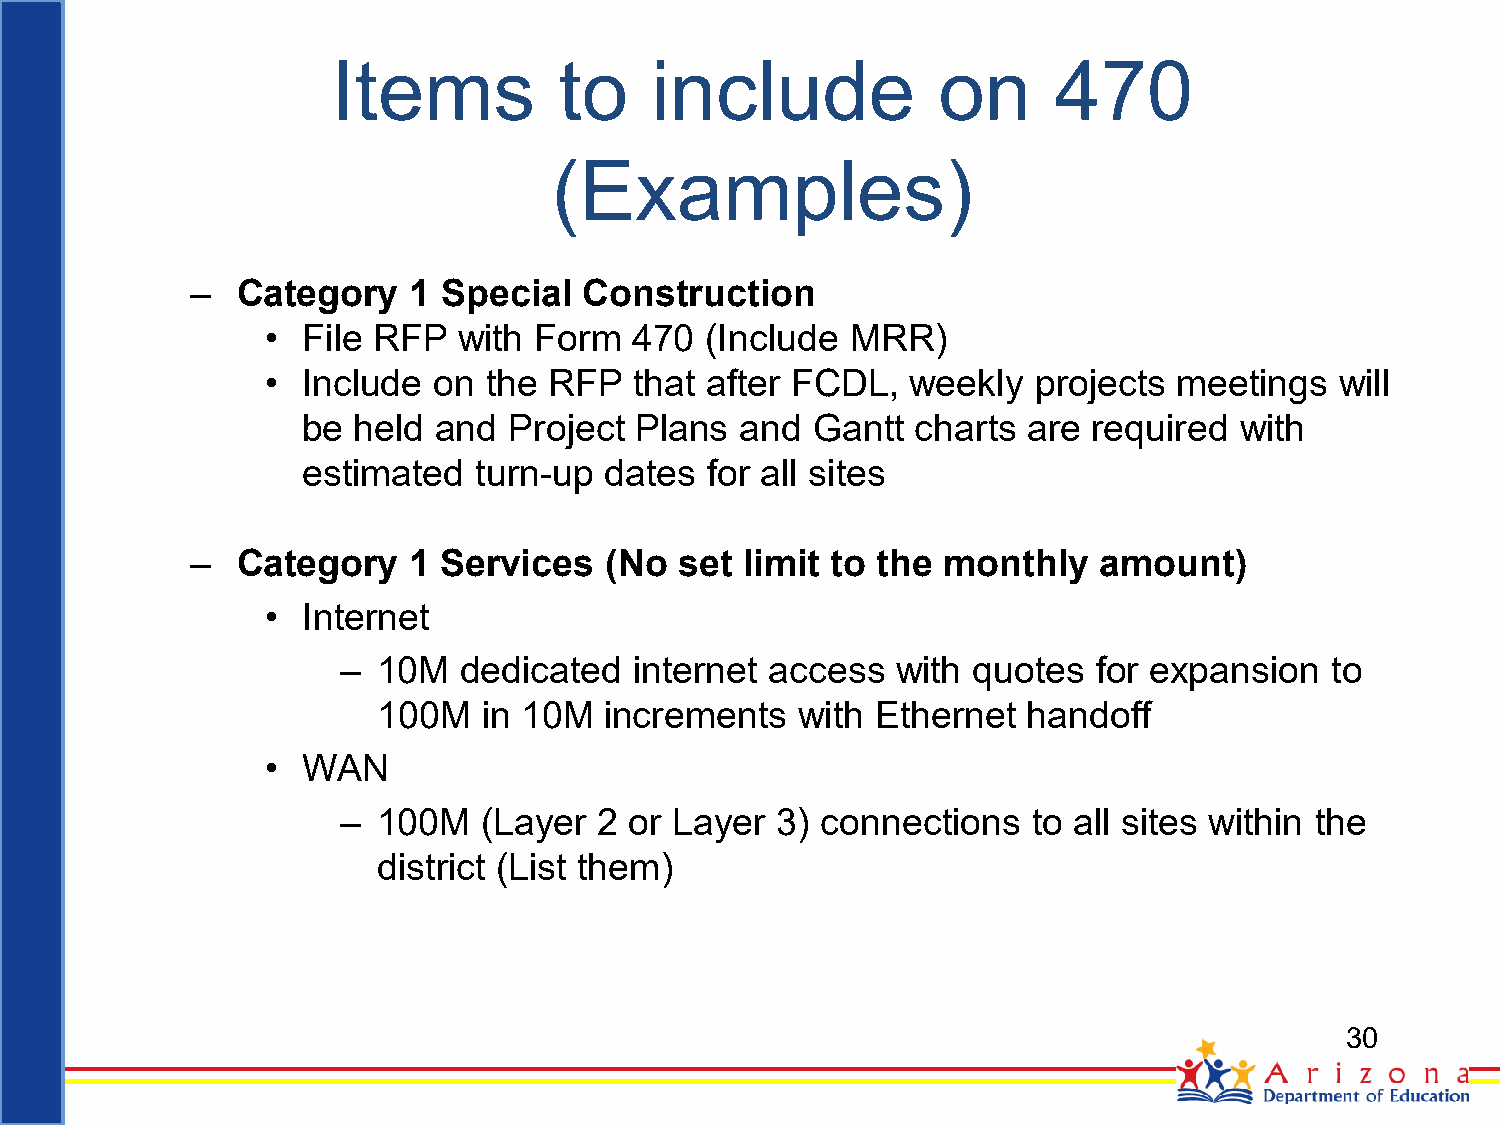
Items          to    include            on      470
 (Examples)
 –  Category   1 Special   Construction
 • File RFP  with Form   470  (Include MRR)
 • Include  on the RFP   that after FCDL,  weekly   projects meetings   will
 be held  and  Project Plans  and  Gantt  charts are required  with
 estimated  turn-up  dates  for all sites
 –  Category   1 Services   (No  set limit to the monthly    amount)
 • Internet
 – 10M   dedicated  internet access  with quotes   for expansion  to
 100M   in 10M  increments   with Ethernet  handoff
 • WAN
 – 100M   (Layer  2 or Layer 3) connections   to all sites within the
 district (List them)
 30